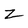
Character: Z